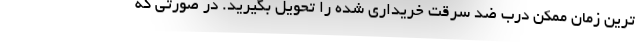
ترین زمان ممکن درب ضد سرقت خریداری شده را تحویل بگیرید. در صورتی که